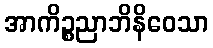
အာကိဉ္စညာဘိနိဝေသာ